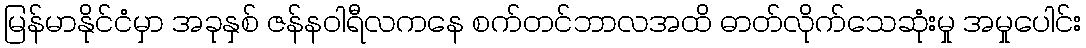
မြန်မာနိုင်ငံမှာ အခုနှစ် ဇန်နဝါရီလကနေ စက်တင်ဘာလအထိ ဓာတ်လိုက်သေဆုံးမှု အမှုပေါင်း